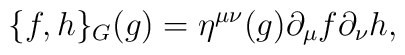
\{ f,h\}_{G}(g)=\eta^{\mu\nu}(g)\partial_\mu f\partial_\nu h,